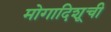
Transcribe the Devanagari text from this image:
मोगादिशूची